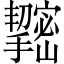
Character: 𢹫